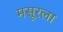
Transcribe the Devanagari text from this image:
मसूरला